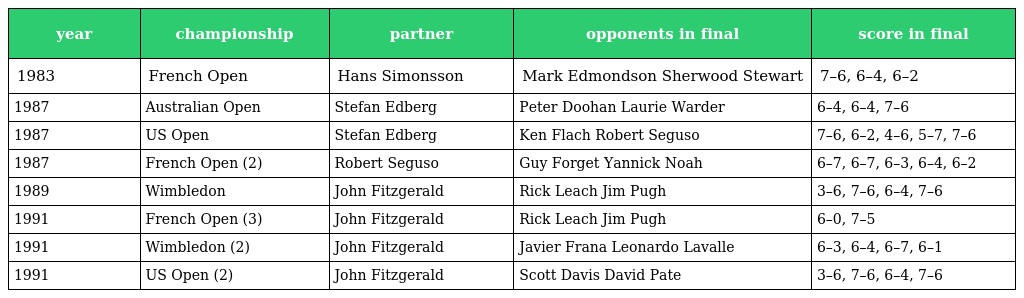
| year | championship | partner | opponents in final | score in final |
 | --- | --- | --- | --- | --- |
 | 1983 | French Open | Hans Simonsson | Mark Edmondson Sherwood Stewart | 7–6, 6–4, 6–2 |
 | 1987 | Australian Open | Stefan Edberg | Peter Doohan Laurie Warder | 6–4, 6–4, 7–6 |
 | 1987 | US Open | Stefan Edberg | Ken Flach Robert Seguso | 7–6, 6–2, 4–6, 5–7, 7–6 |
 | 1987 | French Open (2) | Robert Seguso | Guy Forget Yannick Noah | 6–7, 6–7, 6–3, 6–4, 6–2 |
 | 1989 | Wimbledon | John Fitzgerald | Rick Leach Jim Pugh | 3–6, 7–6, 6–4, 7–6 |
 | 1991 | French Open (3) | John Fitzgerald | Rick Leach Jim Pugh | 6–0, 7–5 |
 | 1991 | Wimbledon (2) | John Fitzgerald | Javier Frana Leonardo Lavalle | 6–3, 6–4, 6–7, 6–1 |
 | 1991 | US Open (2) | John Fitzgerald | Scott Davis David Pate | 3–6, 7–6, 6–4, 7–6 |